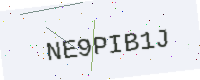
Text: NE9PIB1J